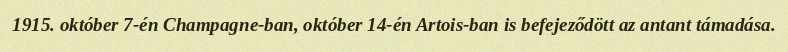
1915. október 7-én Champagne-ban, október 14-én Artois-ban is befejeződött az antant támadása.